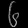
Digit: ၆